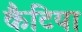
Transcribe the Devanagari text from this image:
कैटिया